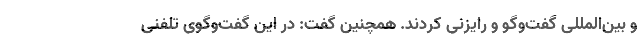
و بین‌المللی گفت‌وگو و رایزنی کردند. همچنین گفت: در این گفت‌وگوی تلفنی